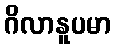
ဂိလာနူပမာ